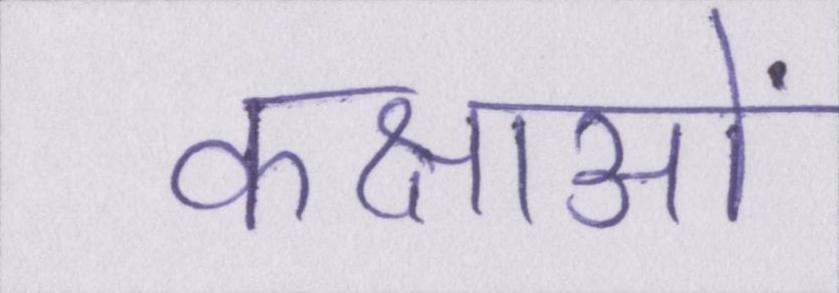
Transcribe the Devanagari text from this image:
कक्षाओं